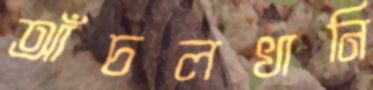
আঁচলখানি